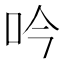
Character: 吟